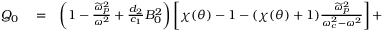
\begin{array} { r l r } { Q _ { 0 } } & { { } = } & { \left( 1 - \frac { \widetilde { \omega } _ { p } ^ { 2 } } { \omega ^ { 2 } } + \frac { d _ { 2 } } { c _ { 1 } } B _ { 0 } ^ { 2 } \right) \left[ \chi ( \theta ) - 1 - ( \chi ( \theta ) + 1 ) \frac { \widetilde { \omega } _ { p } ^ { 2 } } { \omega _ { c } ^ { 2 } - \omega ^ { 2 } } \right] + } \end{array}